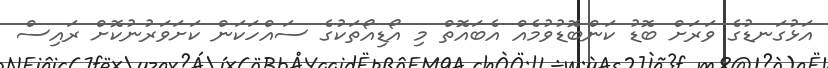
އަޅުގަނޑުގެ ވަރަށް ބޮޑު ކަންބޮޑުވުމެއް އެބައޮތް މި އޯޑިއޯތަކުގެ ސައްހަކަން ކަށަވަރުނުކޮށް ރައިސް